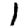
Digit: 1